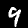
Label: 9